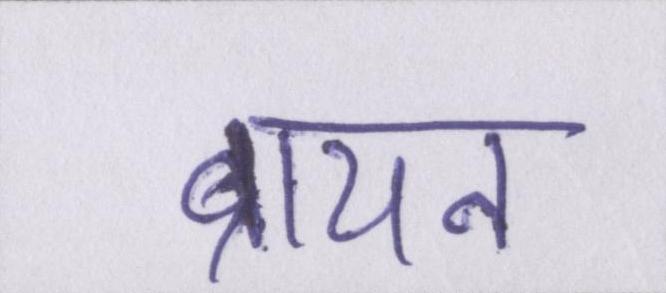
ब्रायन